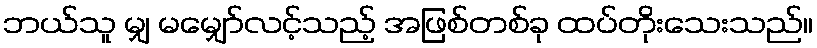
ဘယ်သူ မျှ မမျှော်လင့်သည့် အဖြစ်တစ်ခု ထပ်တိုးသေးသည်။